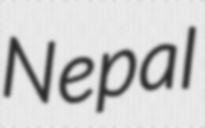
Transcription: Nepal